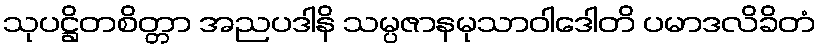
သုပဋ္ဌိတစိတ္တာ အညပဒါနိ သမ္ပဇာနမုသာဝါဒေါတိ ပမာဒလိခိတံ